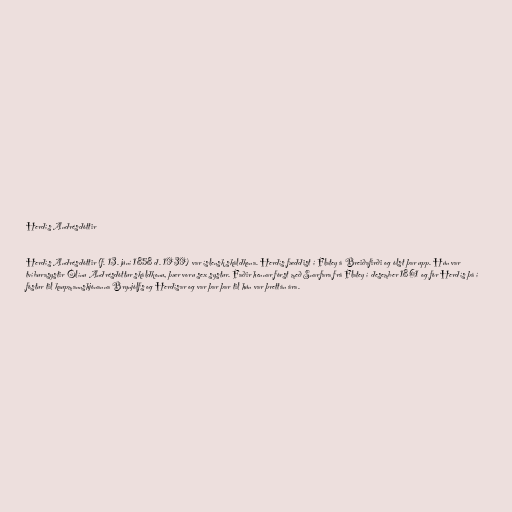
Herdís Andrésdóttir

Herdís Andrésdóttir (f. 13. júní 1858 d. 1939) var íslensk skáldkona. Herdís fæddist í Flatey á Breiðafirði og ólst þar upp. Hún var
tvíburasystir Ólínu Andrésdóttur skáldkonu, þær voru sex systur. Faðir hennar fórst með Snarfara frá Flatey í desember 1861 og fór Herdís þá í
fóstur til kaupmannshjónanna Brynjólfs og Herdísar og var þar þar til hún var þrettán ára.